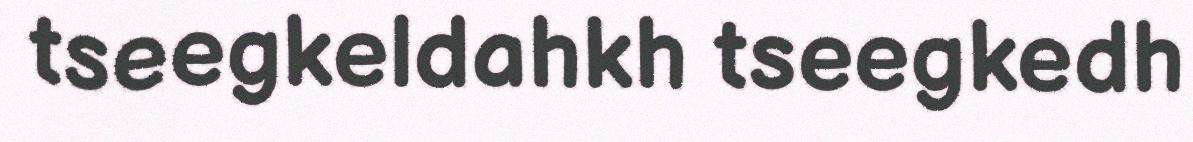
tseegkeldahkh tseegkedh